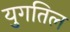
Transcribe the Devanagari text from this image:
युगतिल